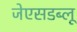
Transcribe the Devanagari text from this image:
जेएसडब्लू